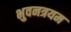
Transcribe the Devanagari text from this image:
भुवनत्रयम